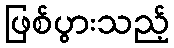
ဖြစ်ပွားသည့်